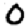
Digit: 0